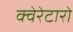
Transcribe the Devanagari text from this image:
क्वेरेटारो